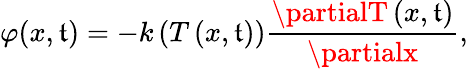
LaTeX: \varphi(x,\mathfrak{t})=-k\left(T\left(x,\mathfrak{t}\right)\right)\frac{{\partialT\left(x,\mathfrak{t}\right)}}{{\partialx}},